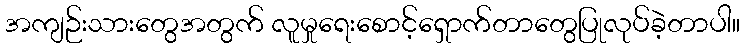
အကျဉ်းသားတွေအတွက် လူမှုရေးစောင့်ရှောက်တာတွေပြုလုပ်ခဲ့တာပါ။